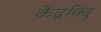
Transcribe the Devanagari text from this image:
केंद्रविंदु